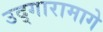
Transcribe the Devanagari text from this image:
उद्गारामागे